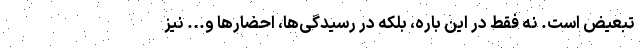
تبعیض است. نه فقط در این باره، بلکه در رسیدگی‌ها، احضارها و... نیز